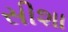
સીશા